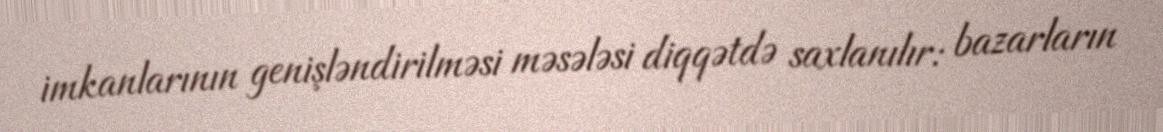
imkanlarının genişləndirilməsi məsələsi diqqətdə saxlanılır: bazarların